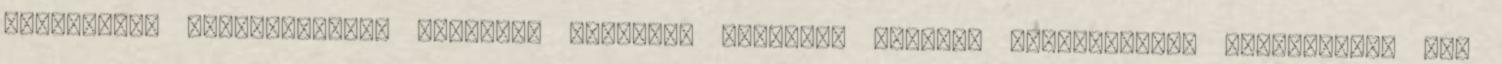
Valamiféle csoportosítás szerinti harmadik halmazba tartózó Pamphobeteus antinousról még